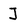
Character: J